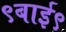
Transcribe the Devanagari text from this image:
९बाई९